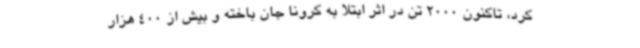
کرد، تاکنون 2000 تن در اثر ابتلا به کرونا جان باخته و بیش از 400 هزار